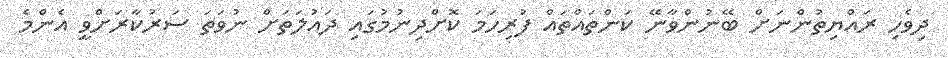
ދިވެހި ރައްޔިތުންނަށް ބޭނުންވާނޭ ކަންތައްތައް ފުރިހަމަ ކޮށްދިނުމުގައި ދައުލަތަށް ނުވަތަ ސަރުކާރަށްވީ އެންމެ